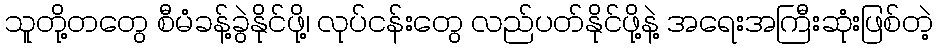
သူတို့တတွေ စီမံခန့်ခွဲနိုင်ဖို့၊ လုပ်ငန်းတွေ လည်ပတ်နိုင်ဖို့နဲ့ အရေးအကြီးဆုံးဖြစ်တဲ့